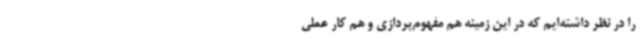
را در نظر داشته‌ایم که در این زمینه هم مفهوم‌پردازی و هم کار عملی